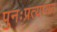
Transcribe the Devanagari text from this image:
पुनःप्रत्यायन